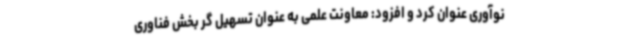
نوآوری عنوان کرد و افزود: معاونت علمی به عنوان تسهیل گر بخش فناوری